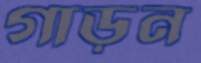
গাড়ুন